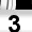
Digit: 3